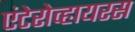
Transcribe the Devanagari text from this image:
एंटेरोव्हायरस